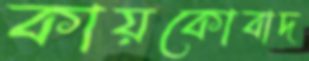
কায়কোবাদ